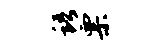
语票